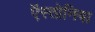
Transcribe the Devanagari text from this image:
ऍस्तोनिया